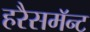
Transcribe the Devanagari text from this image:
हरैसमॅन्ट